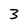
Character: 3